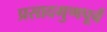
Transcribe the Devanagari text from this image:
प्रसादगुणपूर्व